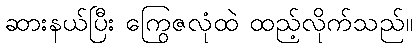
ဆားနယ်ပြီး ကြွေဇလုံထဲ ထည့်လိုက်သည်။